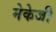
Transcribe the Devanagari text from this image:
मेकेजी